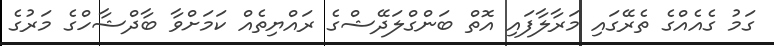
ގަމު ގެއެއްގެ ތެރޭގައި މަރާލާފައި އޮތް ބަންގްލަދޭޝްގެ ރައްޔިތެއް ކަމަށްވާ ބާދްޝާހްގެ މަރުގެ